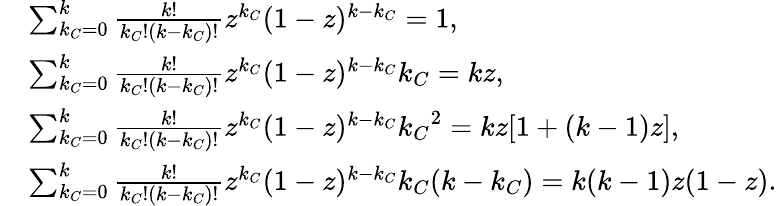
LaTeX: \begin{array}{rl}&{\sum_{k_{C}=0}^{k}{\frac{k!}{k_{C}!(k-k_{C})!}z^{k_{C}}(1-z)^{k-k_{C}}}=1,}\\ &{\sum_{k_{C}=0}^{k}{\frac{k!}{k_{C}!(k-k_{C})!}z^{k_{C}}(1-z)^{k-k_{C}}k_{C}}=kz,}\\ &{\sum_{k_{C}=0}^{k}{\frac{k!}{k_{C}!(k-k_{C})!}z^{k_{C}}(1-z)^{k-k_{C}}{k_{C}}^{2}}=kz[1+(k-1)z],}\\ &{\sum_{k_{C}=0}^{k}{\frac{k!}{k_{C}!(k-k_{C})!}z^{k_{C}}(1-z)^{k-k_{C}}k_{C}(k-k_{C})}=k(k-1)z(1-z).}\end{array}